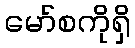
မော်စကိုရှိ